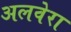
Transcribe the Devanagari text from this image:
अलवेरा